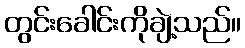
တွင်းခေါင်းကိုချဲ့သည်။